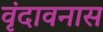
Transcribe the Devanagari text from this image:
वृंदावनास